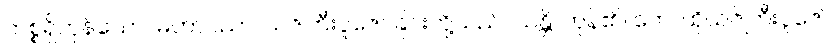
ကစ္စရှိကုန်သော။ မဟာပညာ၊ ယဇ်ကြီးပူဇော်ခြင်းတို့သည်။ သန္တိ၊ ကုန်၏။ တေ၊ ထိုယဇ်ကြီးပူဇော်